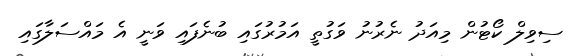
ސިވިލް ކޯޓުން މިއަދު ނެރުނު ވަގުތީ އަމުރުގައި ބުނެފައި ވަނީ އެ މައްސަލާގައި